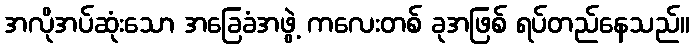
အလိုအပ်ဆုံးသော အခြေခံအဖွဲ့ ကလေးတစ် ခုအဖြစ် ရပ်တည်နေသည်။